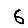
Digit: 6